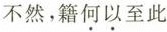
不然， 籍何以至此